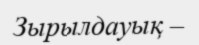
Зырылдауық –